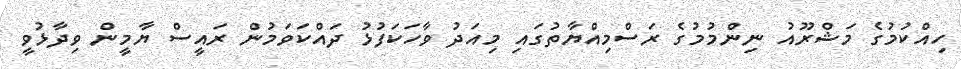
ހިއްކުމުގެ މަޝްރޫއު ނިންމުމުގެ ރަސްމިއްޔާތުގައި މިއަދު ވާހަކަފުޅު ދައްކަވަމުން ރައީސް ޔާމީން ވިދާޅުވީ